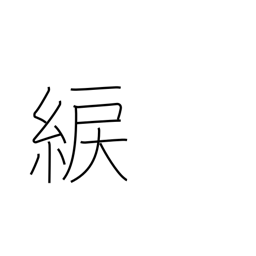
Meaning: yellowish green